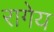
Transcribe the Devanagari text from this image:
रागेय